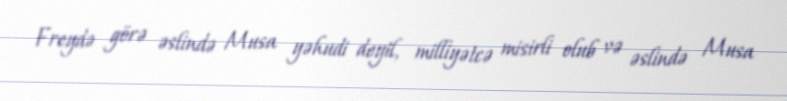
Freydə görə əslində Musa yəhudi deyil, milliyətcə misirli olub və əslində Musa